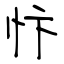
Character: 忭